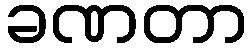
ခဏတာ